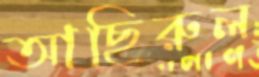
আছিরুল